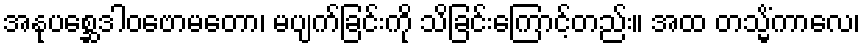
အနုပစ္ဆေဒါဝဗောမတော၊ မပျက်ခြင်းကို သိခြင်းကြောင့်တည်း။ အထ တသ္မိံကာလေ၊